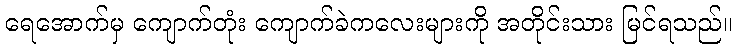
ရေအောက်မှ ကျောက်တုံး ကျောက်ခဲကလေးများကို အတိုင်းသား မြင်ရသည်။